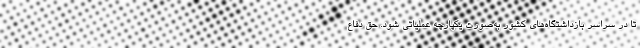
تا در سراسر بازداشتگاه‌های کشور به‌صورت یکپارچه عملیاتی شود. حق دفاع